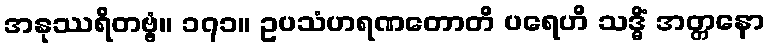
အနုဿရိတဗ္ဗံ။ ၁၇၁။ ဥပသံဟရဏတောတိ ပရေဟိ သဒ္ဓိံ အတ္တနော